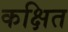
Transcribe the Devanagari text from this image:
कक्षित